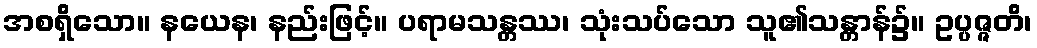
အစရှိသော။ နယေန၊ နည်းဖြင့်။ ပရာမသန္တဿ၊ သုံးသပ်သော သူ၏သန္တာန်၌။ ဥပ္ပဇ္ဇတိ၊